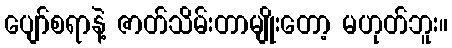
ပျော်စရာနဲ့ ဇာတ်သိမ်းတာမျိုးတော့ မဟုတ်ဘူး။